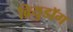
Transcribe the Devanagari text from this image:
ब्रियुडॉग